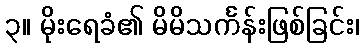
၃။ မိုးရေခံ၏ မိမိသင်္ကန်းဖြစ်ခြင်း၊